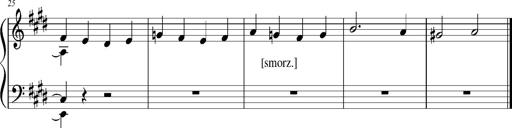
Title: Resignazione, S.187a/b
Composer: Franz Liszt